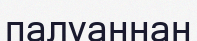
палуаннан